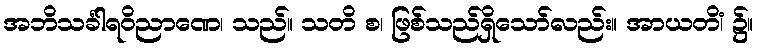
အဘိသင်္ခါရဝိညာဏေ၊ သည်။ သတိ စ၊ ဖြစ်သည်ရှိသော်လည်း။ အာယတိံ၊ ၌။